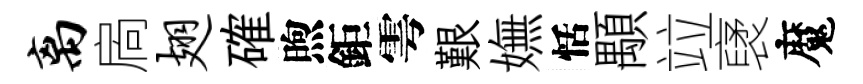
离扄翅確煦鉅雩艱嫵恬顒竝裦魔